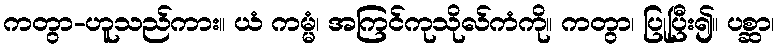
ကတွာ-ဟူသည်ကား။ ယံ ကမ္မံ၊ အကြင်ကုသိုလ်ကံကို။ ကတွာ၊ ပြုပြီး၍။ ပစ္ဆာ၊